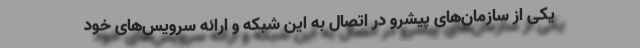
یکی از سازمان‌های پیشرو در اتصال به این شبکه و ارائه سرویس‌های خود